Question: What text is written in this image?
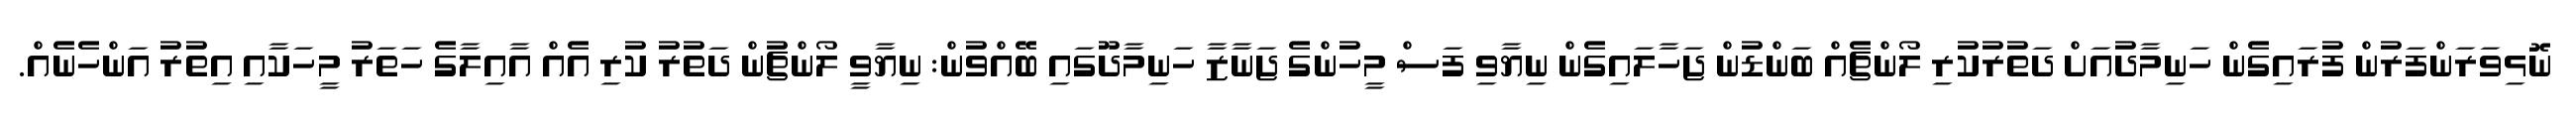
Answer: ނޮޅިވަރަންފަރުން ފުރައިގެން ހަނިމާދުއަށް ދަތުރުކުރި ލޯންޗެއް ބަންޑުން ޖަހާލައިގެން ނިޔާވި ފަސް މީހުންގެ ޖަނާޒާ ހަނިމާދޫގައި ބޭއްވުން: ނިޔާވީ ލޯންޗުން ދަތުރު ކުރި އެއް އާއިލާގެ ހަތަރު މީހަކާއި އިތުރު އަންހެނެއް.